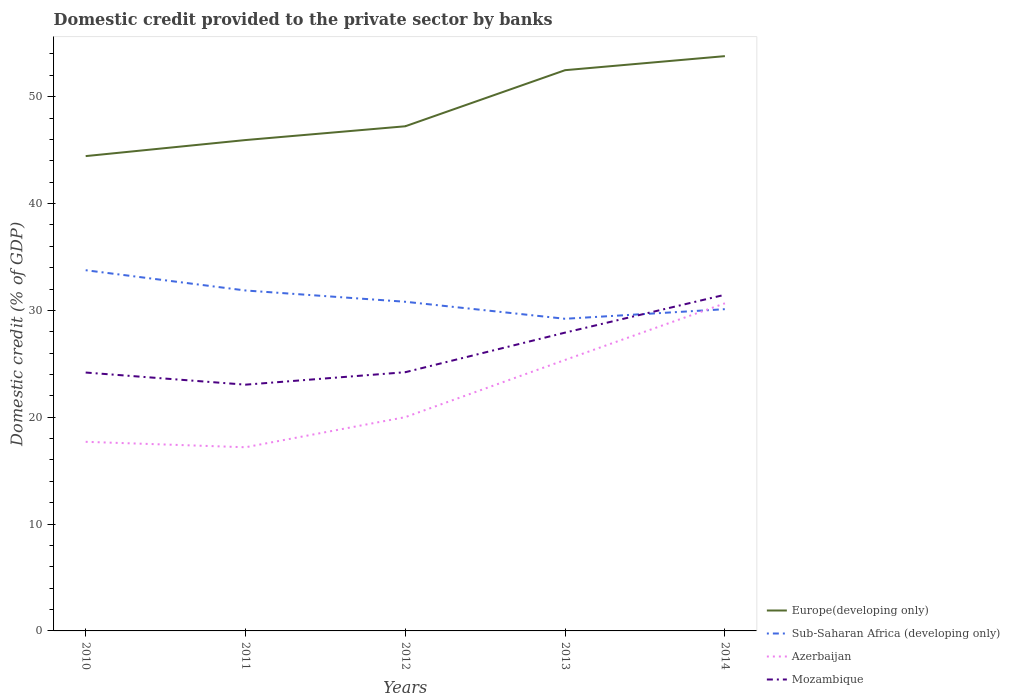
| Years | Europe(developing only) | Sub-Saharan Africa (developing only) | Azerbaijan | Mozambique |
 | --- | --- | --- | --- | --- |
 | 2010 | 44.4 | 33.8 | 17.7 | 24.2 |
 | 2011 | 45.9 | 31.9 | 17.2 | 23 |
 | 2012 | 47.2 | 30.8 | 20 | 24.2 |
 | 2013 | 52.5 | 29.2 | 25.4 | 27.9 |
 | 2014 | 53.8 | 30.1 | 30.7 | 31.5 |